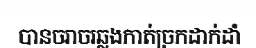
បានចរាចរឆ្លងកាត់ច្រកដាក់ដាំ